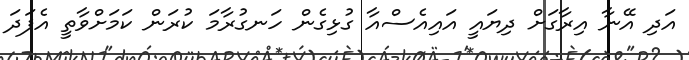
އަދި އޭނާ އިރާގަށް ދިޔައީ އައިއެސްއާ ގުޅިގެން ހަނގުރާމަ ކުރަން ކަމަށްވާތީ އެފަދަ